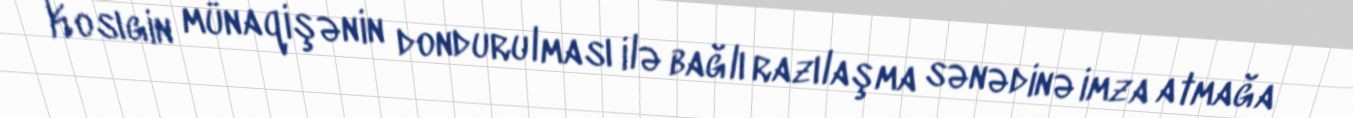
Kosıgin münaqişənin dondurulması ilə bağlı razılaşma sənədinə imza atmağa